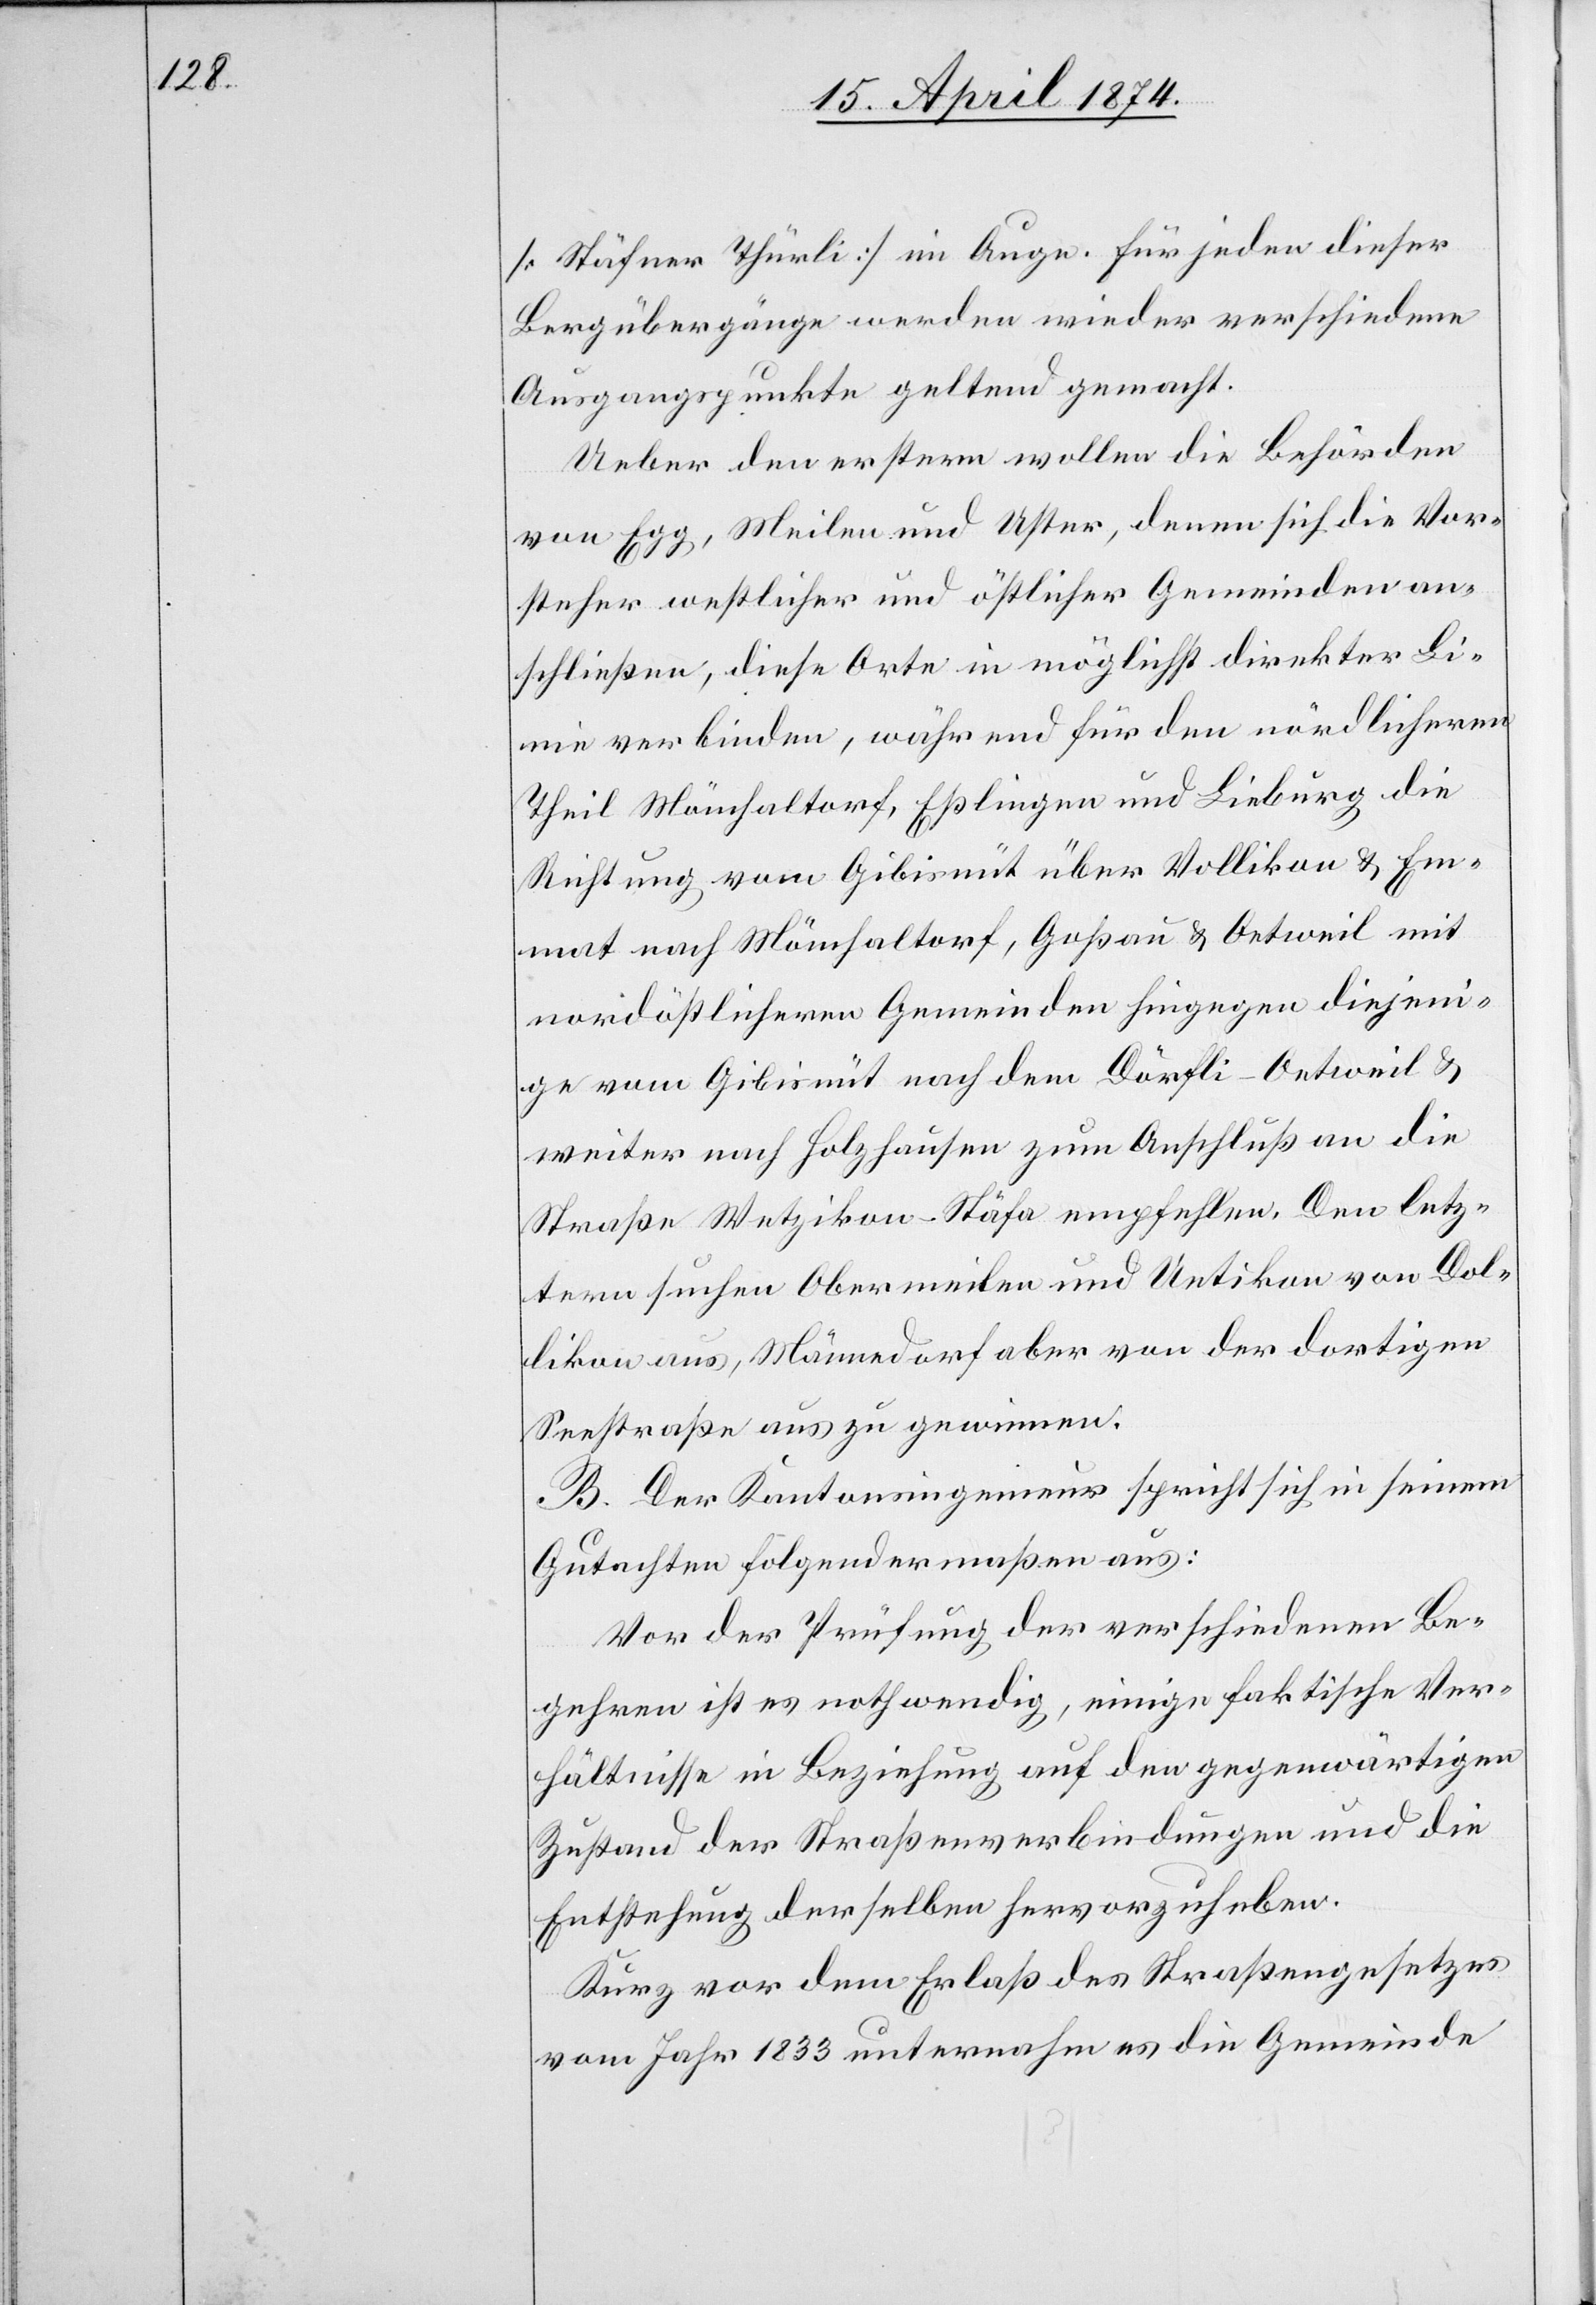
[Stäfner Thürli] im Auge. Für jeden dieser
Bergübergänge werden wieder verschiedene
Ausgangspunkte geltend gemacht.
Ueber den erstern wollen die Behörden
von Egg, Meilen und Uster, denen sich die Vor¬
steher westlicher und östlicher Gemeinden an¬
schließen, diese Orte in möglichst direkter Li¬
nie verbinden, während für den nördlicheren
Theil Mönchaltorf, Eßlingen und Lieburg die
Richtung vom Gibisnüt über Vollikon u. Em¬
mat nach Mönchaltorf, Goßau u. Oetweil mit
nordöstlicheren Gemeinden hiegegen diejeni¬
ge vom Gibisnüt nach dem Dörfli-Oetweil u.
weiter nach Holzhausen zum Anschluß an die
Straße Wetzikon-Stäfa empfehlen. Den letz¬
tern suchen Obermeilen und Uetikon von Dol¬
likon aus, Männedorf aber von der dortigen
Seestraße aus zu gewinnen.
B. Der Kantonsingenieur spricht sich in seinem
Gutachten folgendermaßen aus:
Vor der Prüfung der verschiedenen Be¬
gehren ist es nothwendig, einige faktische Ver¬
hältnisse in Beziehung auf den gegenwärtigen
Zustand der Straßenverbindungen und die
Entstehung derselben hervorzuheben.
Kurz vor dem Erlaß des Straßengesetzes
vom Jahr 1833 unternahm es die Gemeinde